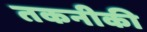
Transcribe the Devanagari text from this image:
तकनीकी